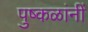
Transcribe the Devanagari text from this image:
पुष्कळांनीं